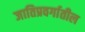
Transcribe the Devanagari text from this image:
जातिप्रवर्गातील